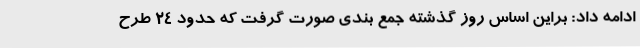
ادامه داد: براین اساس روز گذشته جمع بندی صورت گرفت که حدود 24 طرح